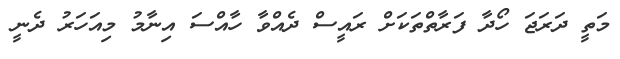
މަތީ ދަރަޖަ ހޯދާ ފަރާތްތަކަށް ރައީސް ދެއްވާ ހާއްސަ އިނާމު މިއަހަރު ދެނީ